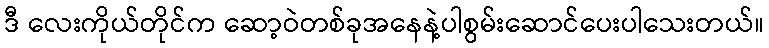
ဒီ လေးကိုယ်တိုင်က ဆော့ဝဲတစ်ခုအနေနဲ့ပါစွမ်းဆောင်ပေးပါသေးတယ်။